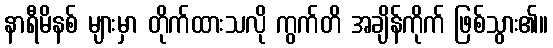
နာရီမိနစ် များမှာ တိုက်ထားသလို ကွက်တိ အချိန်ကိုက် ဖြစ်သွား၏။